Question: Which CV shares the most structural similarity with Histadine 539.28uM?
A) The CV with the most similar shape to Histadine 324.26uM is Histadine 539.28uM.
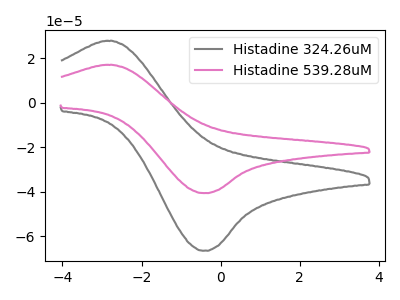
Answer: <think>The gray curve "Histadine 324.26uM" has an anodic peak at (-2.75V, 27.75uA) and a cathodic peak at (-0.45V, -66.55uA). The pink curve "Histadine 539.28uM" has an anodic peak at (-2.75V, 16.95uA) and a cathodic peak at (-0.45V, -40.65uA).
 All the peaks in "Histadine 324.26uM" have a peak in "Histadine 539.28uM" at the same potential. Every peak in "Histadine 324.26uM" is higher than every peak in "Histadine 539.28uM".</think>
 <answer>A) The CV with the most similar shape to "Histadine 324.26uM" is "Histadine 539.28uM".</answer>
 <eval>A</eval>